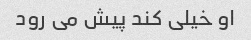
او خیلی کند پیش می رود